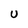
Character: u